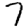
Digit: 7